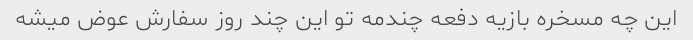
این چه مسخره بازیه دفعه چندمه تو این چند روز سفارش عوض میشه